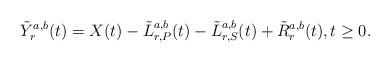
LaTeX: \begin{align*}\tilde{Y}_r^{a,b}(t) = X(t)- \tilde{L}_{r, P}^{a,b}(t) - \tilde{L}_{r,S}^{a,b}(t) + \tilde{R}_r^{a,b}(t), t \geq 0.\end{align*}